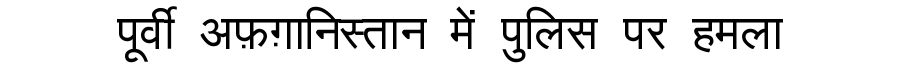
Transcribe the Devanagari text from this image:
पूर्वी अफ़ग़ानिस्तान में पुलिस पर हमला